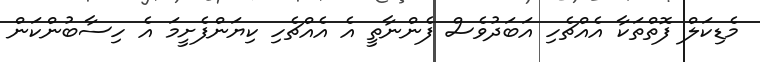
މެޑިކަލް ފޮތްތަކާ އެއްޗެހި އަބަދުވެސް ފެންނާތީ އެ އެއްޗެހި ކިޔަންފެށީމަ އެ ހިސާބުންކަން